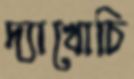
দ্যাখোচি